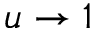
u \rightarrow 1